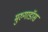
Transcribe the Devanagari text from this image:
मुरुगाडॉस